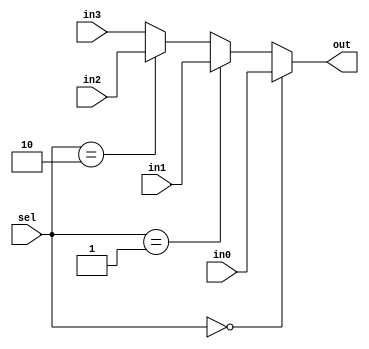
module mux_behavioral(out, in0, in1, in2, in3, sel);
	input in0, in1, in2, in3; // 4input
	input [1:0] sel; // select 2bit (00, 01, 10, 11)
	output out; // outport
	reg out;
	
	always @(in0 or in1 or in2 or in3 or sel) 
		begin 
			if (sel == 2'b00) out = in0; // select 00  in0  
			else if (sel == 2'b01) out = in1; // select 01  in1 
			else if (sel == 2'b10) out = in2; // select 10  in2  
			else out = in3; //  select 11  in3 
		end 
endmodule